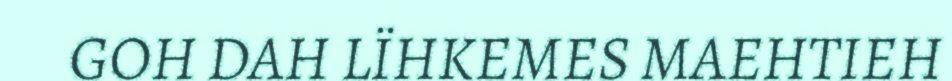
GOH DAH LÏHKEMES MAEHTIEH